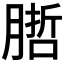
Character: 𭩁